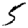
Digit: 5